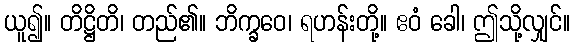
ယူ၍။ တိဋ္ဌိတိ၊ တည်၏။ ဘိက္ခဝေ၊ ရဟန်းတို့။ ဧဝံ ခေါ၊ ဤသို့လျှင်။